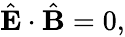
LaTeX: \begin{array}{r}{\hat{\mathbf E}\cdot\hat{\mathbf B}=0,}\end{array}